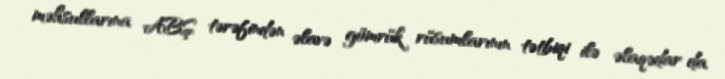
məhsullarına ABŞ tərəfindən əlavə gömrük rüsumlarının tətbiqi ilə əlaqədar da